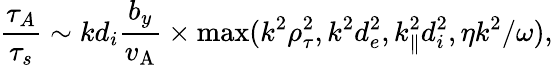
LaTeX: \frac{\tau_{A}}{\tau_{s}}\sim kd_{i}\frac{b_{y}}{v_{\mathrm{A}}}\times\operatorname*{max}(k^{2}\rho_{\tau}^{2},k^{2}d_{e}^{2},k_{\parallel}^{2}d_{i}^{2},\eta k^{2}/\omega),